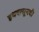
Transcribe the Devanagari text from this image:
इथपासूनची